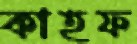
কাহফ